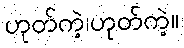
ဟုတ်ကဲ့၊ဟုတ်ကဲ့။